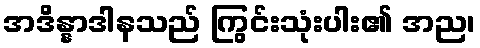
အဒိန္နာဒါနသည် ကြွင်းသုံးပါး၏ အည၊